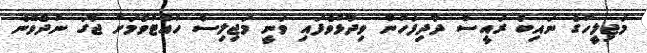
މަޖިލީހުގެ ނައިބު ރައީސް ދާދިފަހުން ވިދާޅުވެފައި ވަނީ މަޖިލިސް ހުއްޓުވުމަށް ޖާގަ ނުދެވޭނެ